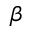
\beta